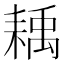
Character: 𦔊